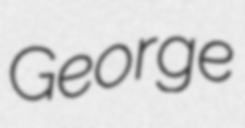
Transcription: George